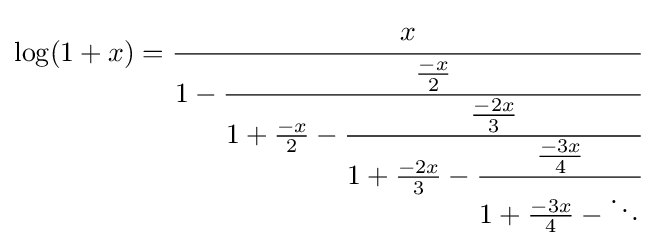
\log(1+x)={\cfrac {x}{1-{\cfrac {\frac {-x}{2}}{1+{\frac {-x}{2}}-{\cfrac {\frac {-2x}{3}}{1+{\frac {-2x}{3}}-{\cfrac {\frac {-3x}{4}}{1+{\frac {-3x}{4}}-\ddots }}}}}}}}